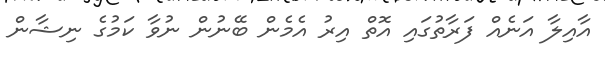
އާއިލާ އަނެއް ފަރާތުގައި އޮތް އިރު އެމެން ބޭނުން ނުވާ ކަމުގެ ނިޝާން